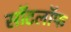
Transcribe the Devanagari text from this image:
सॉटलॉफ